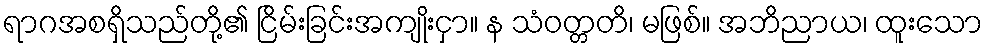
ရာဂအစရှိသည်တို့၏ ငြိမ်းခြင်းအကျိုးငှာ။ န သံဝတ္တတိ၊ မဖြစ်။ အဘိညာယ၊ ထူးသော